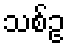
သစ်ဥ